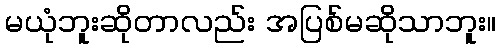
မယုံဘူးဆိုတာလည်း အပြစ်မဆိုသာဘူး။